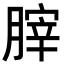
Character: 𦞤